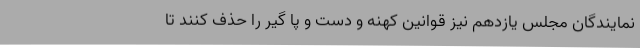
نمایندگان مجلس یازدهم نیز قوانین کهنه و دست و پا گیر را حذف کنند تا